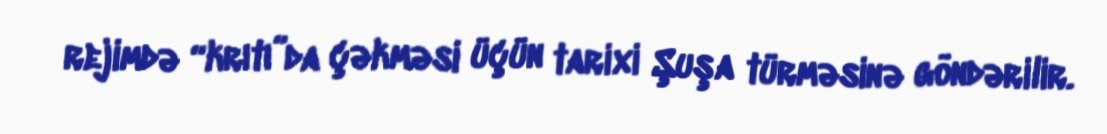
rejimdə “krıtı”da çəkməsi üçün tarixi Şuşa türməsinə göndərilir.